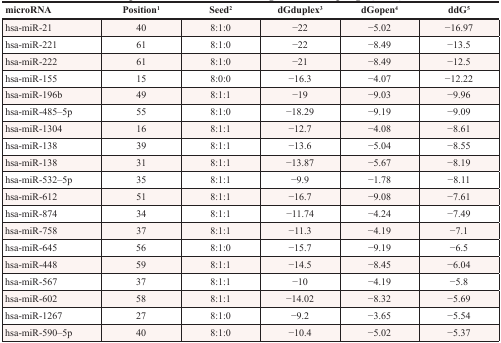
| microRNA | Position1 | Seed2 | dGduplex3 | dGopen4 | ddG5 |
 | --- | --- | --- | --- | --- | --- |
 | hsa-miR-21 | 40 | 8:1:0 | −22 | −5.02 | −16.97 |
 | hsa-miR-221 | 61 | 8:1:0 | −22 | −8.49 | −13.5 |
 | hsa-miR-222 | 61 | 8:1:0 | −21 | −8.49 | −12.5 |
 | hsa-miR-155 | 15 | 8:0:0 | −16.3 | −4.07 | −12.22 |
 | hsa-miR-196b | 49 | 8:1:1 | −19 | −9.03 | −9.96 |
 | hsa-miR-485–5p | 55 | 8:1:0 | −18.29 | −9.19 | −9.09 |
 | hsa-miR-1304 | 16 | 8:1:1 | −12.7 | −4.08 | −8.61 |
 | hsa-miR-138 | 39 | 8:1:1 | −13.6 | −5.04 | −8.55 |
 | hsa-miR-138 | 31 | 8:1:1 | −13.87 | −5.67 | −8.19 |
 | hsa-miR-532–5p | 35 | 8:1:1 | −9.9 | −1.78 | −8.11 |
 | hsa-miR-612 | 51 | 8:1:1 | −16.7 | −9.08 | −7.61 |
 | hsa-miR-874 | 34 | 8:1:1 | −11.74 | −4.24 | −7.49 |
 | hsa-miR-758 | 37 | 8:1:1 | −11.3 | −4.19 | −7.1 |
 | hsa-miR-645 | 56 | 8:1:0 | −15.7 | −9.19 | −6.5 |
 | hsa-miR-448 | 59 | 8:1:1 | −14.5 | −8.45 | −6.04 |
 | hsa-miR-567 | 37 | 8:1:1 | −10 | −4.19 | −5.8 |
 | hsa-miR-602 | 58 | 8:1:1 | −14.02 | −8.32 | −5.69 |
 | hsa-miR-1267 | 27 | 8:1:0 | −9.2 | −3.65 | −5.54 |
 | hsa-miR-590–5p | 40 | 8:1:0 | −10.4 | −5.02 | −5.37 |